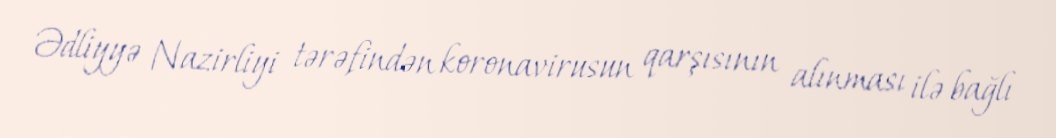
Ədliyyə Nazirliyi tərəfindən koronavirusun qarşısının alınması ilə bağlı